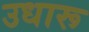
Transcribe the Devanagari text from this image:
उधारू